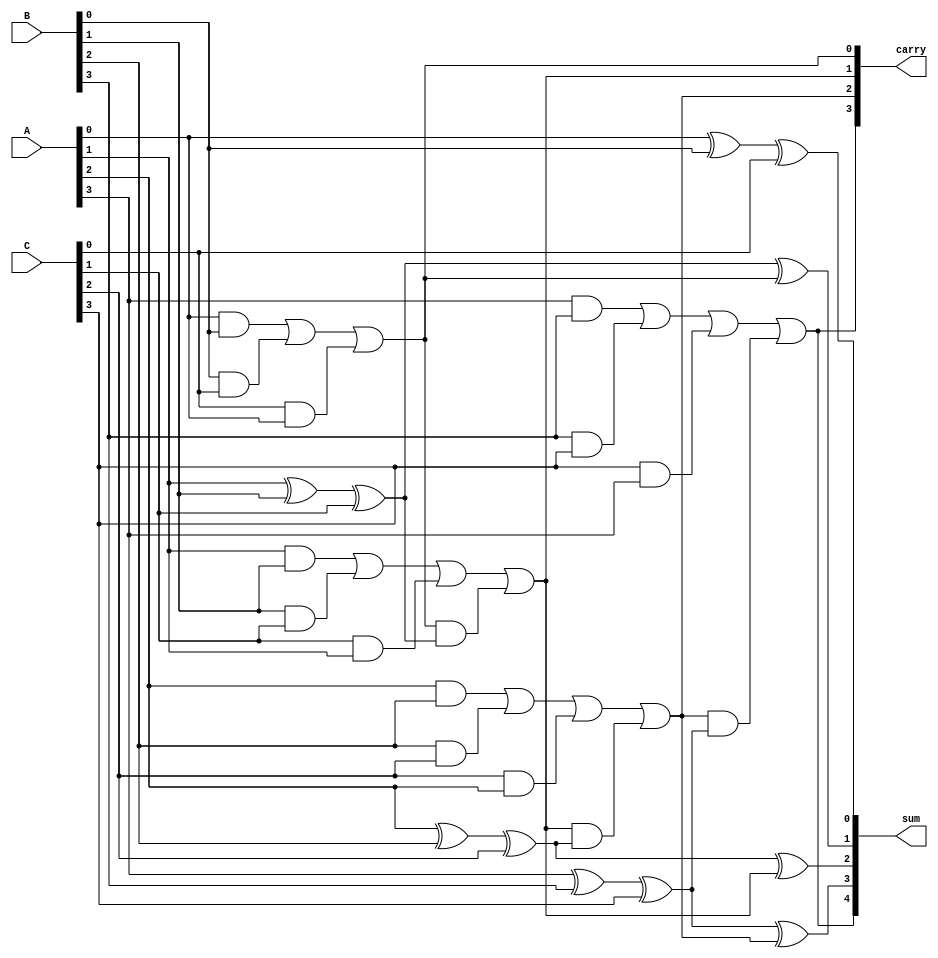
module carry_save_adder #(parameter N = 4) (
    input  [N-1:0] A, // First operand
    input  [N-1:0] B, // Second operand
    input  [N-1:0] C, // Third operand
    output [N:0] sum, // Final sum output
    output [N-1:0] carry // Final carry output
);

    // Intermediate wires for partial sums and carries
    wire [N-1:0] partial_sum;
    wire [N-1:0] carry_out;

    // Generate partial sums and carries using full adders
    genvar i;
    generate
        for (i = 0; i < N; i = i + 1) begin : full_adder
            if (i == 0) begin
                // First bit position (no carry-in)
                assign partial_sum[i] = A[i] ^ B[i] ^ C[i];
                assign carry_out[i] = (A[i] & B[i]) | (B[i] & C[i]) | (C[i] & A[i]);
            end else begin
                // Subsequent bit positions
                assign partial_sum[i] = A[i] ^ B[i] ^ C[i] ^ carry_out[i-1];
                assign carry_out[i] = (A[i] & B[i]) | (B[i] & C[i]) | (C[i] & A[i]) | (carry_out[i-1] & (A[i] ^ B[i] ^ C[i]));
            end
        end
    endgenerate

    // Final carry resolution
    assign carry = carry_out;
    assign sum = {carry_out[N-1], partial_sum}; // Final sum output includes the final carry

endmodule